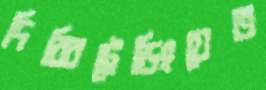
দিব্বিট্রেডিংয়েত